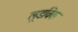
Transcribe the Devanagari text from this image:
लूडविक